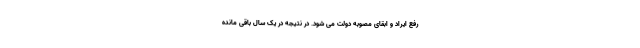
رفع ایراد و ابقای مصوبه دولت می شود‌. در نتیجه در یک سال باقی مانده